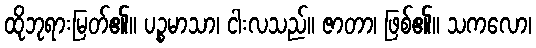
ထိုဘုရားမြတ်၏။ ပဉ္စမာသာ၊ ငါးလသည်။ ဇာတာ၊ ဖြစ်၏။ သကလော၊